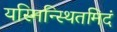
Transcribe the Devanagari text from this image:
यस्मिन्स्थितमिदं